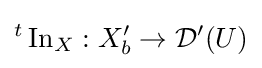
{}^{t}\operatorname {In} _{X}:X'_{b}\to {\mathcal {D}}'(U)